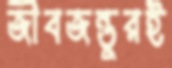
জীবজন্তুরই